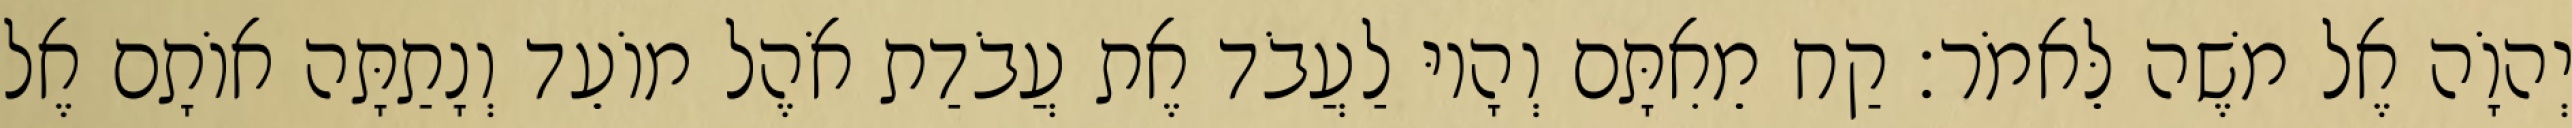
יְהוָֹה אֶל משֶׁה לֵּאמֹר׃ קַח מֵאִתָּם וְהָיוּ לַעֲבֹד אֶת עֲבֹדַת אֹהֶל מוֹעֵד וְנָתַתָּה אוֹתָם אֶל